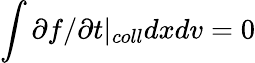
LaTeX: \int\partial f/\partial t\rvert_{coll}dxdv=0